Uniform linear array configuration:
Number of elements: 4
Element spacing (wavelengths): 0.25
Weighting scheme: kaiser
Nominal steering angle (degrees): -60
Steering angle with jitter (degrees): -59.589
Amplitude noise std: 0.05
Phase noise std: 0.05

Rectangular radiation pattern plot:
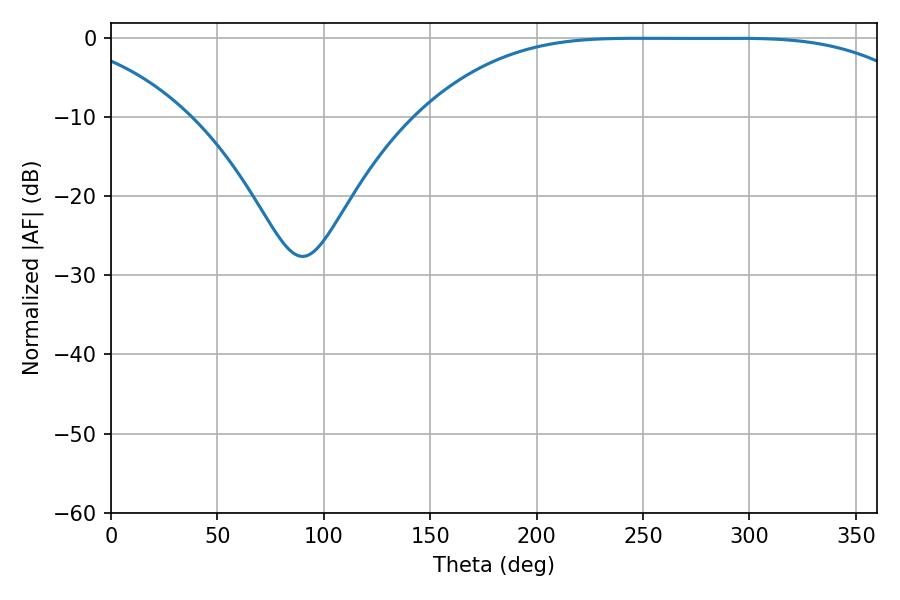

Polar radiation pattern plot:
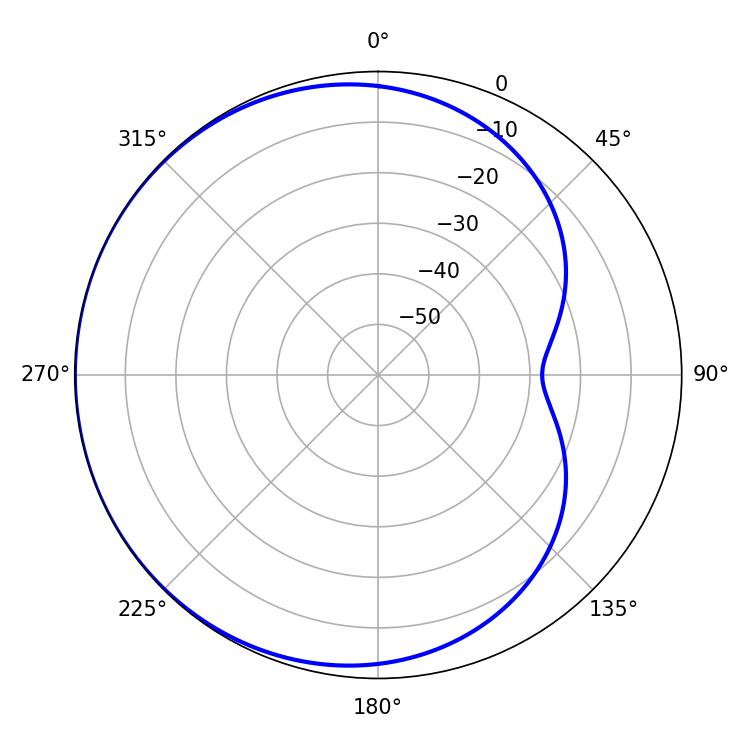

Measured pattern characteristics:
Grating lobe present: FALSE
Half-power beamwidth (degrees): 180.9
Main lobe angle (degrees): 247.68